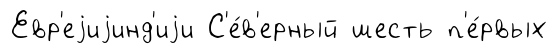
Евр'еjиjинд'иjи С'е́в'ерный шесть п'е́рвых